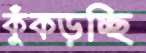
কুঁকড়চ্ছি